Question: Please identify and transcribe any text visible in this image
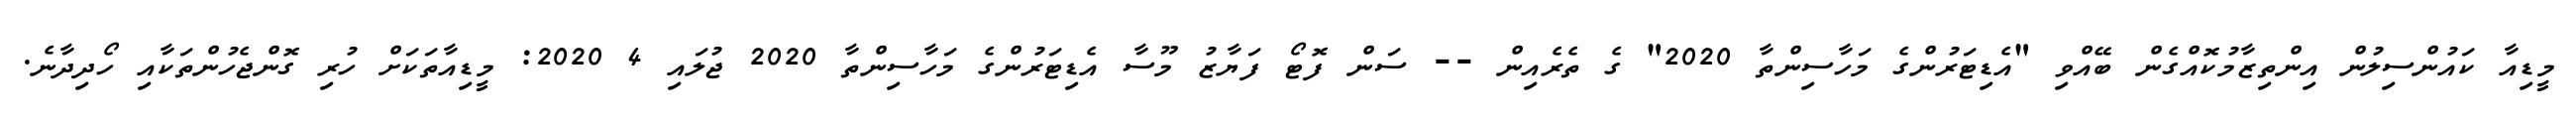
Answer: މީޑިއާ ކައުންސިލުން އިންތިޒާމުކޮއްގެން ބޭއްވި "އެޑިޓަރުންގެ މަހާސިންތާ 2020" ގެ ތެރެއިން -- ސަން ފޮޓޯ ފަޔާޒު މޫސާ އެޑިޓަރުންގެ މަހާސިންތާ 2020 ޖުލައި 4 2020: މީޑިއާތަކަށް ހުރި ގޮންޖެހުންތަކާއި ހޯދިދާނެ.